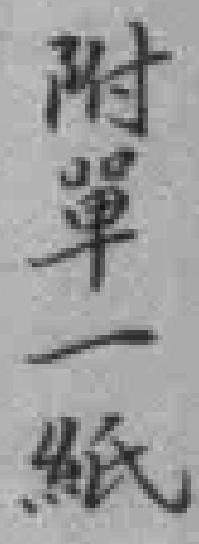
附單一紙